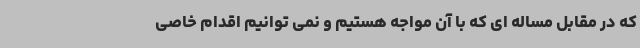
که در مقابل مساله ای که با آن مواجه هستیم و نمی توانیم اقدام خاصی